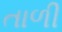
તાળી